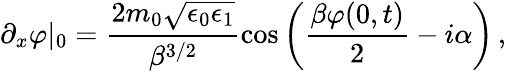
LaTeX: \partial_{x}\varphi|_{0}=\frac{2m_{0}\sqrt{\epsilon_{0}\epsilon_{1}}}{\beta^{3/2}}\cos\left(\frac{\beta\varphi(0,t)}{2}-i\alpha\right)\, ,